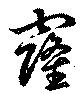
窿